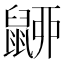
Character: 𪕚